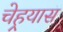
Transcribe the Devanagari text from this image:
चेहर्‍यास